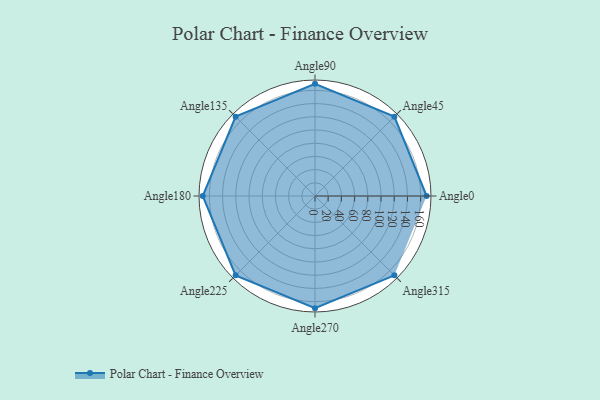
{"axis": {"x": "Angle", "y": "Radius"}, "legend": [""], "data": [{"x": "Angle0", "y": 169.0, "type": ""}, {"x": "Angle45", "y": 170, "type": ""}, {"x": "Angle90", "y": 170, "type": ""}, {"x": "Angle135", "y": 170, "type": ""}, {"x": "Angle180", "y": 170, "type": ""}, {"x": "Angle225", "y": 170, "type": ""}, {"x": "Angle270", "y": 170, "type": ""}, {"x": "Angle315", "y": 170, "type": ""}]}